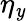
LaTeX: \eta_{\mathit{y}}